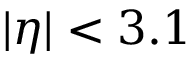
| \eta | < 3 . 1